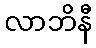
လာဘိနီ